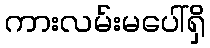
ကားလမ်းမပေါ်ရှိ